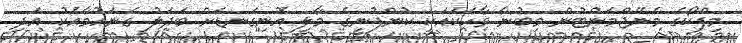
މިފްކޯގެ މެނޭޖްމަންޓުން މިބުނާ ވާހަކައަކީ ކުންފުނީގެ މާލީ އޮނިގަނޑަށް ބަދަލު ގެނައުމާއެކު އަދި